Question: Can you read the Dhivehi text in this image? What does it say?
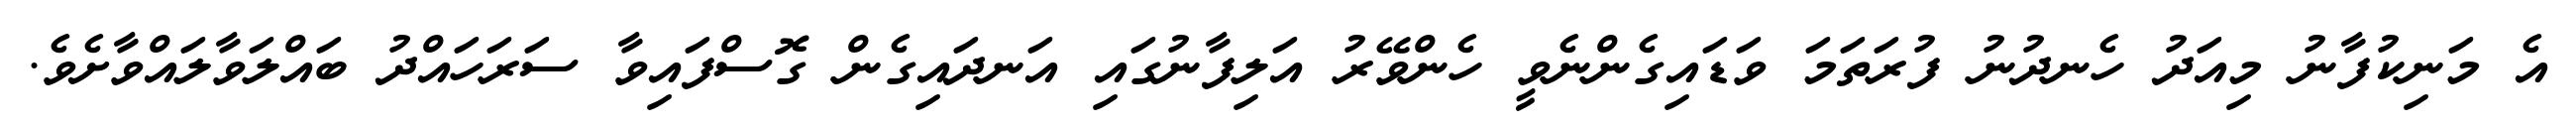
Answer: އެ މަނިކުފާނު މިއަދު ހެނދުނު ފުރަތަމަ ވަޑައިގެންނެވީ ހެންވޭރު އަލިފާނުގައި އަނދައިގެން ގޮސްފައިވާ ސަރަހައްދު ބައްލަވާލައްވާށެވެ.